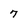
Character: 7